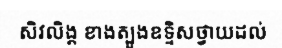
សិវលិង្គ ខាងត្បូងឧទ្ទិសថ្វាយដល់